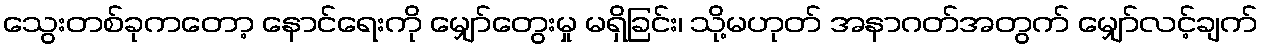
သွေးတစ်ခုကတော့ နောင်ရေးကို မျှော်တွေးမှု မရှိခြင်း၊ သို့မဟုတ် အနာဂတ်အတွက် မျှော်လင့်ချက်